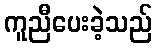
ကူညီပေးခဲ့သည်